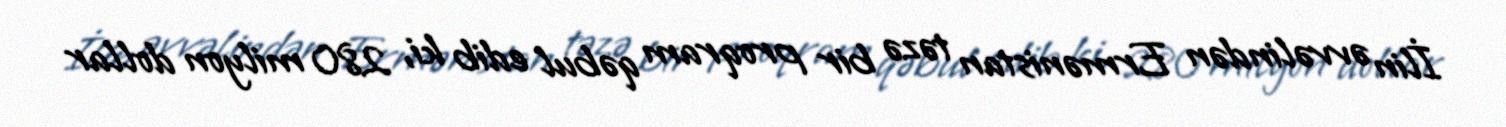
İlin əvvəlindən Ermənistan təzə bir proqram qəbul edib ki, 280 milyon dollar